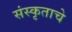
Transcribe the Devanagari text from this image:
संस्कृताचे